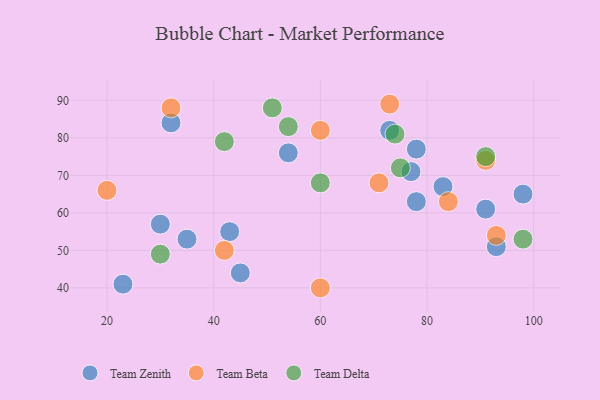
{"axis": {"x": "GDP", "y": "Life Expectancy"}, "legend": ["Team Beta", "Team Delta", "Team Zenith"], "data": [{"x": "78", "y": 63, "type": "Team Zenith"}, {"x": "35", "y": 53, "type": "Team Zenith"}, {"x": "43", "y": 55, "type": "Team Zenith"}, {"x": "78", "y": 77, "type": "Team Zenith"}, {"x": "98", "y": 65, "type": "Team Zenith"}, {"x": "73", "y": 82, "type": "Team Zenith"}, {"x": "91", "y": 61, "type": "Team Zenith"}, {"x": "30", "y": 57, "type": "Team Zenith"}, {"x": "54", "y": 76, "type": "Team Zenith"}, {"x": "23", "y": 41, "type": "Team Zenith"}, {"x": "93", "y": 51, "type": "Team Zenith"}, {"x": "32", "y": 84, "type": "Team Zenith"}, {"x": "83", "y": 67, "type": "Team Zenith"}, {"x": "45", "y": 44, "type": "Team Zenith"}, {"x": "77", "y": 71, "type": "Team Zenith"}, {"x": "32", "y": 88, "type": "Team Beta"}, {"x": "73", "y": 89, "type": "Team Beta"}, {"x": "71", "y": 68, "type": "Team Beta"}, {"x": "93", "y": 54, "type": "Team Beta"}, {"x": "60", "y": 82, "type": "Team Beta"}, {"x": "91", "y": 74, "type": "Team Beta"}, {"x": "20", "y": 66, "type": "Team Beta"}, {"x": "84", "y": 63, "type": "Team Beta"}, {"x": "42", "y": 50, "type": "Team Beta"}, {"x": "60", "y": 40, "type": "Team Beta"}, {"x": "54", "y": 83, "type": "Team Delta"}, {"x": "74", "y": 81, "type": "Team Delta"}, {"x": "42", "y": 79, "type": "Team Delta"}, {"x": "60", "y": 68, "type": "Team Delta"}, {"x": "91", "y": 75, "type": "Team Delta"}, {"x": "75", "y": 72, "type": "Team Delta"}, {"x": "30", "y": 49, "type": "Team Delta"}, {"x": "51", "y": 88, "type": "Team Delta"}, {"x": "98", "y": 53, "type": "Team Delta"}]}